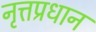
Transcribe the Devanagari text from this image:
नृत्तप्रधान